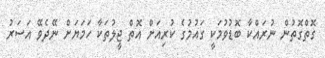
ގޮތްގޮތުން ނުރައްކާ ބޮޑުވުމަކީ ގައުމުގެ ކުރިއަށް އޮތް ޖީލުތަކާ ހަމަޔަށް ނޭދެވޭ އަސަރު